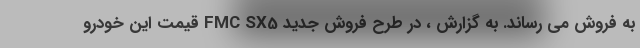
به فروش می رساند. به گزارش ، در طرح فروش جدید FMC SX5 قیمت این خودرو